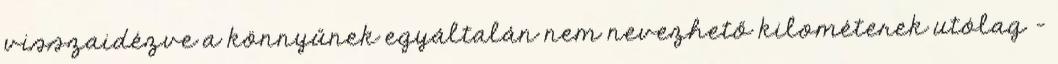
visszaidézve a könnyűnek egyáltalán nem nevezhető kilométerek utólag –